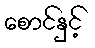
စောင်နှင့်